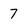
Character: 7